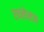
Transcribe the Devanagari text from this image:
एथलेस्टन